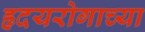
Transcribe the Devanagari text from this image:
हृदयरोगाच्या